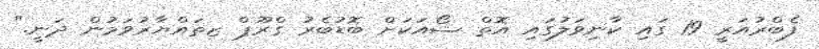
ފެބްރުއަރީ 19 ގައި ކާނިވަލުގައި އޮތް ޝޯއަކަށް ބޮޑުބެރު ގްރޫޕް ޒތައްޔާރުވަމުން ދަނީ."